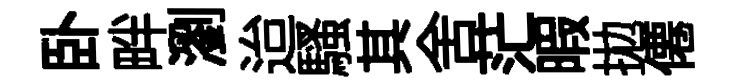
卧畔瀏迨騷其舍茫暇拋僊